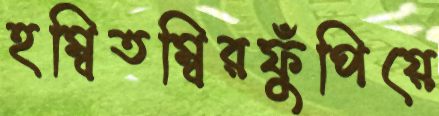
হম্বিতম্বিরফুঁপিয়ে